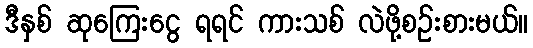
ဒီနှစ် ဆုကြေးငွေ ရရင် ကားသစ် လဲဖို့စဉ်းစားမယ်။